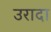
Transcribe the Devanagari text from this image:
उरादा